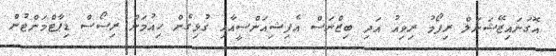
އޮގަނައިޒޭޝަނަލް ރިފޯމު ރިވިއު އަދި ބިޒްނަސް އެފިޝިއަންސީއާއި ގުޅިގެން ހިއުމަން ރިސޯސް ޑިޕާޓްމަންޓުން